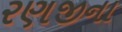
રણજીના